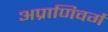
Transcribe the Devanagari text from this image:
अप्राणिवर्ग